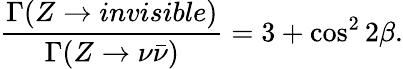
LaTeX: \frac{\Gamma(Z\to invisible)}{\Gamma(Z\to\nu\bar{\nu})}=3+\cos^{2}{2\beta}.